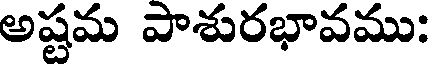
అష్టమ పాశురభావము: